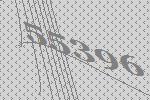
55396